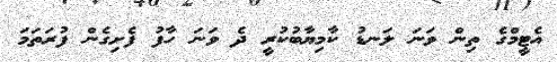
އެޓީމްގެ ތިން ވަނަ ލަނޑު ކާމިޔާބުކުރީ ދެ ވަނަ ހާފު ފެށިގެން ފުރަތަމަ